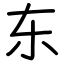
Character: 东